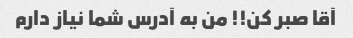
آقا صبر کن!! من به آدرس شما نیاز دارم